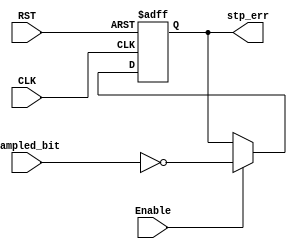
module stp_chk (
 input   wire                  CLK,
 input   wire                  RST,
 input   wire                  sampled_bit,
 input   wire                  Enable, 
 output  reg                   stp_err
);

 
              
// error check
always @ (posedge CLK or negedge RST)
 begin
  if(!RST)
   begin
    stp_err <= 'b0 ;
   end
  else if(Enable)
   begin
    stp_err <= 1'b1 ^ sampled_bit ;
   end
 end
 

 
endmodule